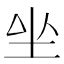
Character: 𡉡